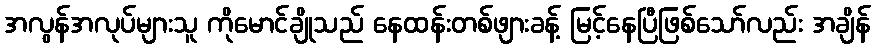
အလွန်အလုပ်များသူ ကိုမောင်ချိုသည် နေထန်းတစ်ဖျားခန့် မြင့်နေပြီဖြစ်သော်လည်း အချိန်